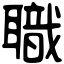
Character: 職